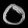
Digit: ၀